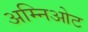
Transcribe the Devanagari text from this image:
अम्निओट